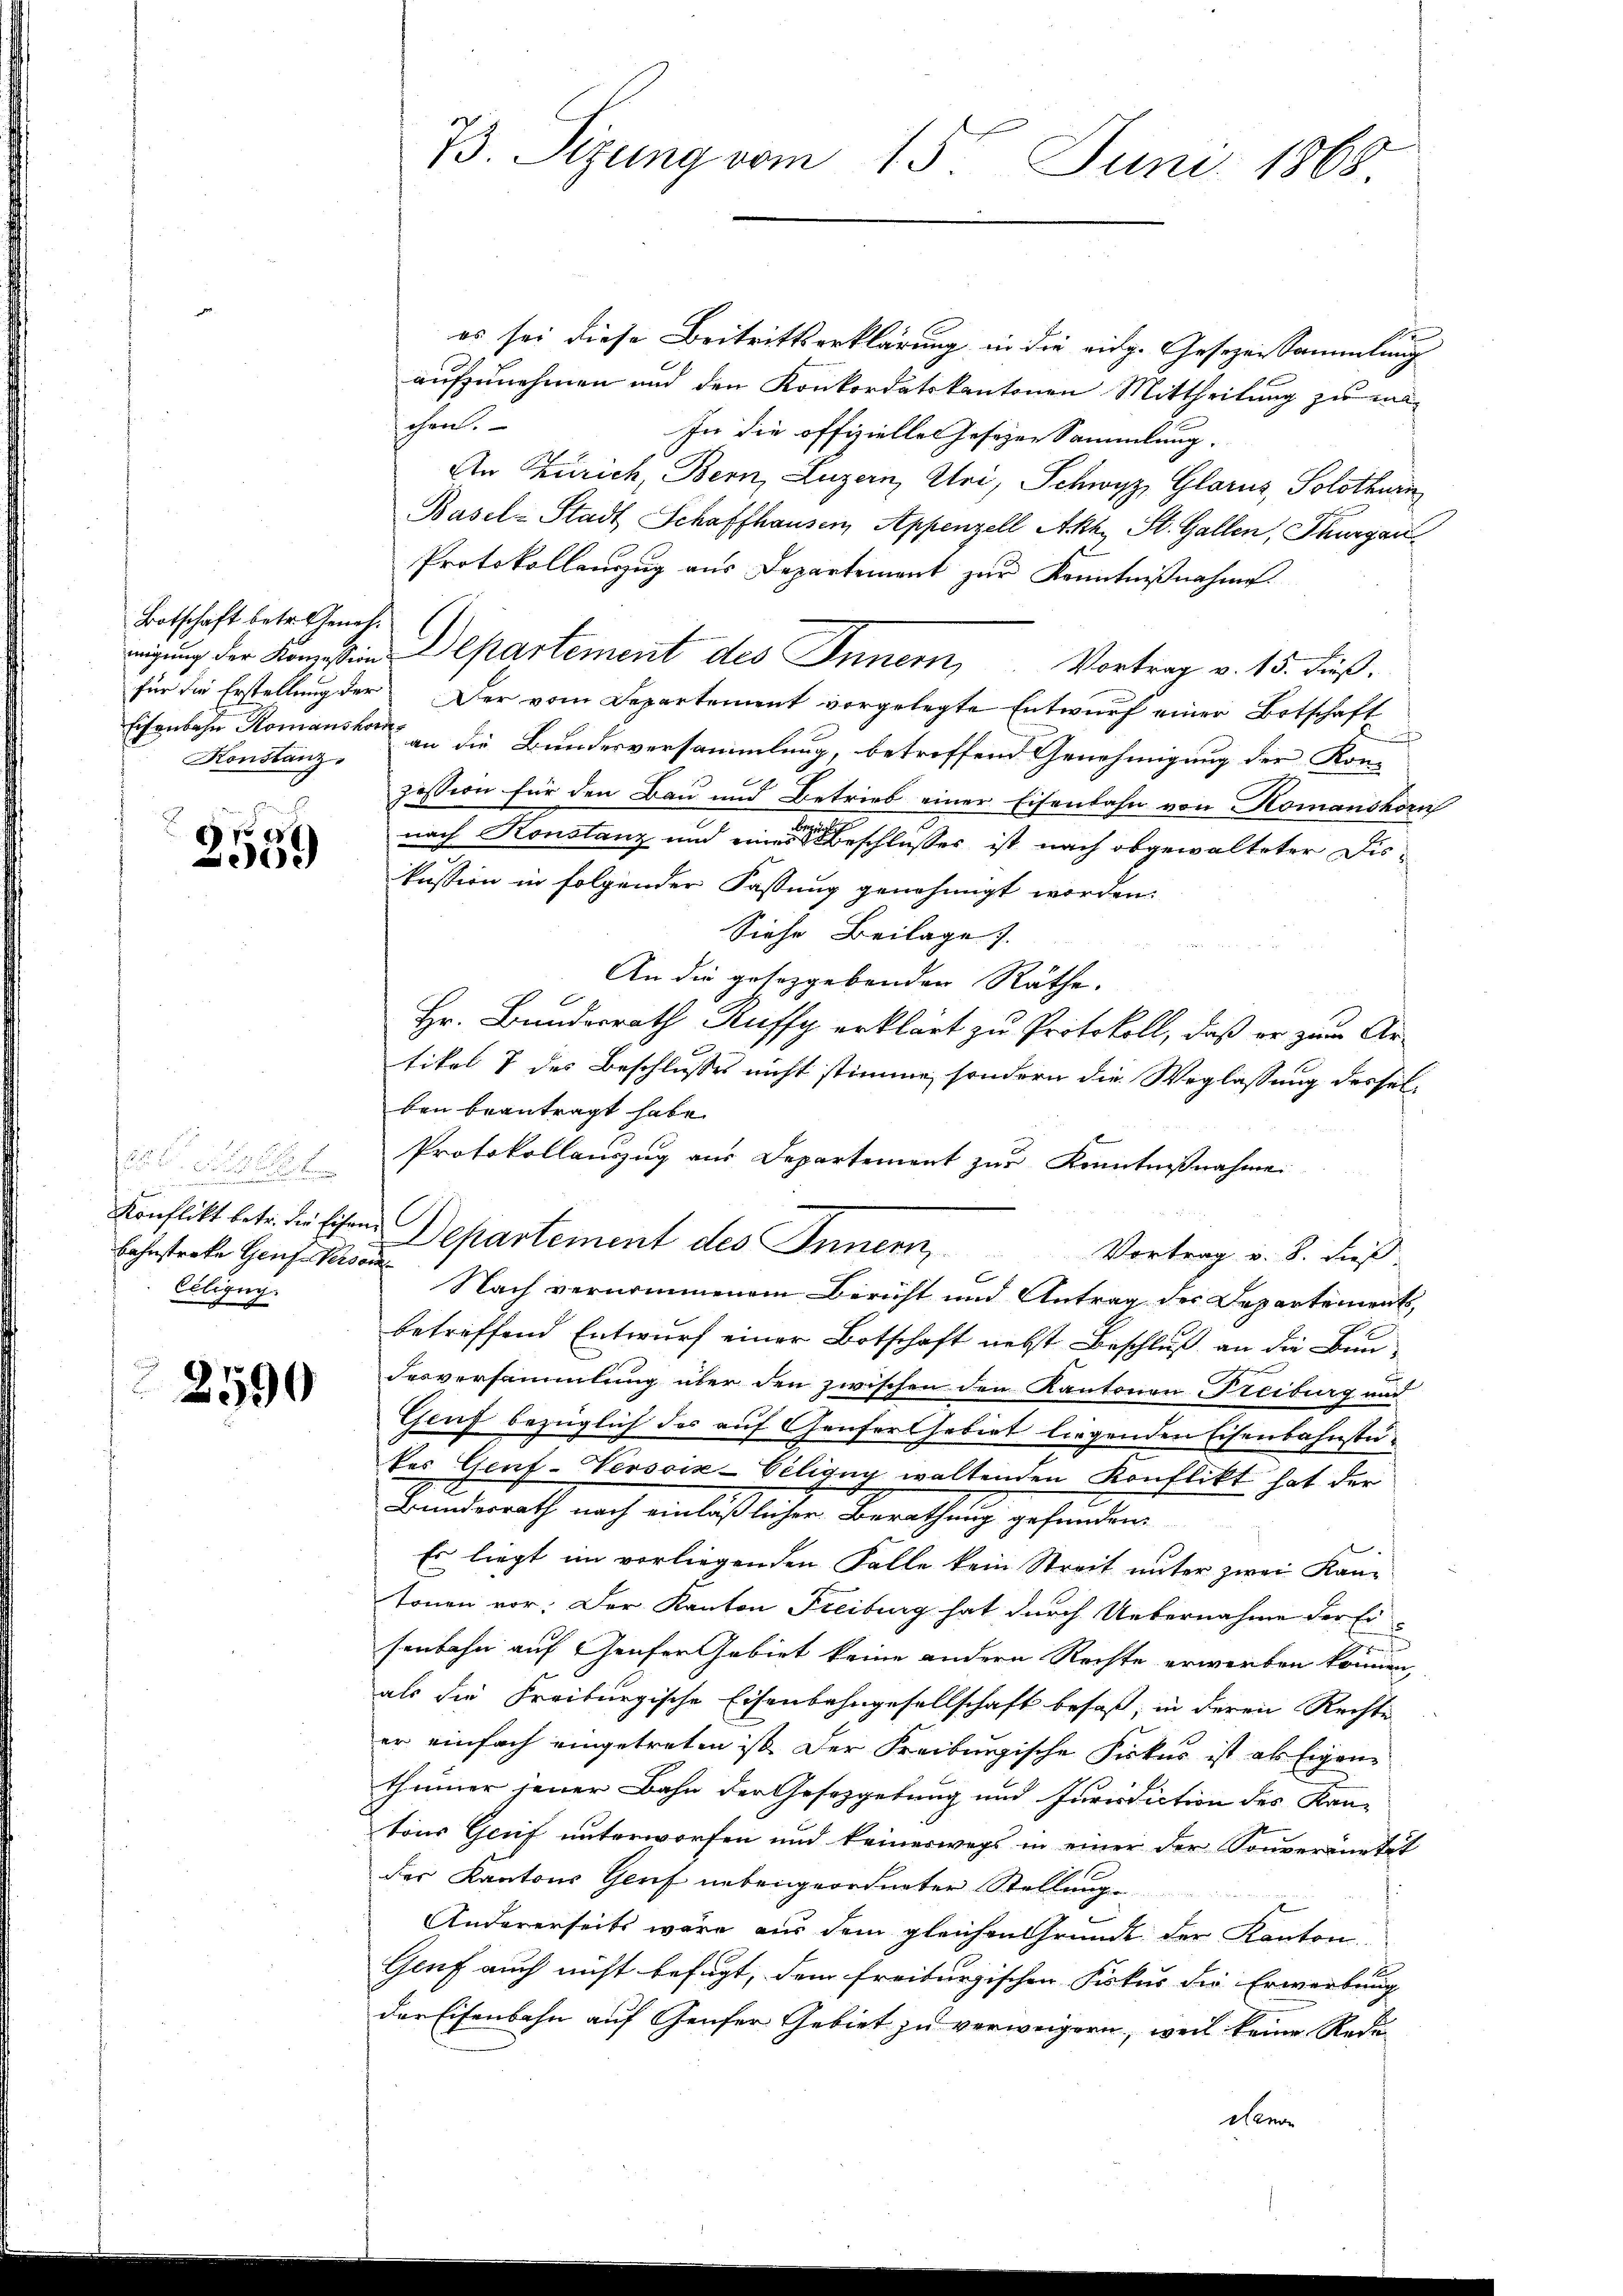
Botschaft betr. Geneh¬
Eisenbahn Romanskom¬
Konstanz¬

2559

est.
Bahnstrakte Genf Person
Ciligun

2590

es sei diese Beitrittserklärung in die eidg. Gesezessammlung
aufzunehmen und den Konkordatskantonen Mittheilung zu machen.
In die offiziellen Gesezen Sammlung.
An Zürich, Bern, Luzern, Uri, Schwyz, Glarus, Solothurn
Basel-Stadt Schaffhausen, Appenzell Akt. St. Gallen, Thurgau
Protokollenzug aus Departement zur Kenntnißnahme
migung der Konstin Departement des Innern, Vortrag v. 15. Fuß.
für die Erstellung der Der vom Departement vorgelegte Entwurf einer Botschaft
an die Bundesversammlung, betreffend Genehmigung der Kon-
zession für den Bau und Betrieb einer Eisenbahn von Komanshorn
nach Konstanz und eine Beschlusses ist nach abgewalteter Diskussion in folgender Fassung genehmigt worden.
Siehe Beilage).
An die gesetzgebenden Räthe.
Hr. Bundesrath Ruffy erklärt zu Protokoll, daß er zum Artikel 7 des Beschlusses nicht stimme, sondern die Weglassung desselben beantragt habe.
Protokollauszug aus Departement zur Kenntnißnahme
Konflikt betr. die Ehren Departement des Innern,
Vortrag u. B. dieß
Nach vernommenem Bericht und Antrag des Departements,
betreffend Entwurf einer Botschaft nebst Beschluß an die Bau¬
Fesversammlung über den zwischen den Kantonen Freiburg und
Genf bezüglich das auf Genfer habirt liegenden Eisenbahnstudes Genf-Versoik-Ciligug waltenden Konflikt hat der
Branderath nach einläßlichen Berathung gesandten
1
Es liegt im vorliegenden Falle kein Streit unter zwei Kantonen vor. Der Kanton Freiburg hat durch Uebernahme der Er
s
senbahn auf Genfer Gebiet keine andern Rechte erwerben können,
als die Freiburgische Eisenbahngesellschaft besaß, in deren Rechte
er einfach eingetreten ist. Der Freiburgische Fiskus ist als Eigen
thümer jener Bahn der Gesetzgebung und Jurisdiction des Kan-
tons Genf unterworfen und keineswegs in einer der Souveränetät
des Kantons Genf nebengeordneter Stellung
Andererseits wäre aus dem gleichen Grunde der Kanton
Genf auch nicht befugt, dem freiburgischen Fiskus die Erwerbung
der Eisenbahn auf Genfer Gebiet zu verweigern, weil keine Redu
Haenn

73. Sizung vom 15. Juni 1868.